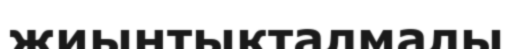
жиынтықталмалы